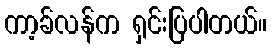
ကာ့ခ်လန်က ရှင်းပြပါတယ်။